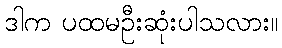
ဒါက ပထမဦးဆုံးပါသလား။